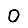
Digit: 0